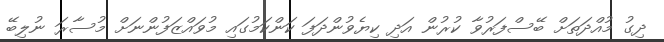
ދިގު މުއްދަތަށް ބޭސްފަރުވާ ކުރުން އަދި ކިޔެވުންދަފަ ކަންކަމުގައި މުވައްޒަފުންނަށް މުސާރަ ނުލިބޭ